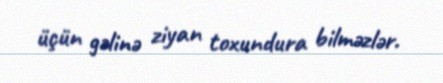
üçün gəlinə ziyan toxundura bilməzlər.